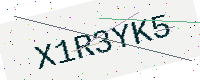
Text: X1R3YK5